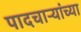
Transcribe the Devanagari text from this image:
पादचाऱ्यांच्या